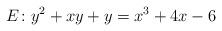
LaTeX: \begin{align*}E\colon y^2 + xy + y = x^3+4x-6\end{align*}